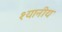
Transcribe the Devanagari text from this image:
श्यानीय